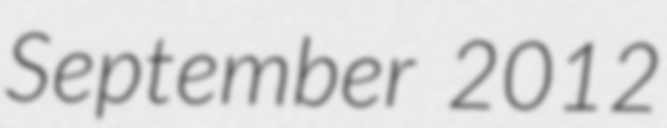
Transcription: September 2012